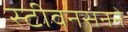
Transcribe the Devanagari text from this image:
स्टीवनसनने